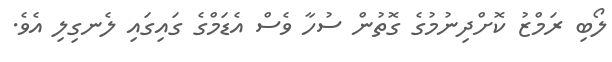
ލޯބި ރަމްޒު ކޮށްދިނުމުގެ ގޮތުން ސުހާ ވެސް އެޑަމްގެ ގައިގައި ލެނގިލި އެވެ.